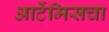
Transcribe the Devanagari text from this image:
आर्टेमिसचा